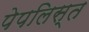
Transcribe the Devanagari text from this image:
पेपलिस्त